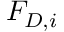
F _ { D , i }